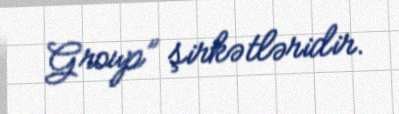
Group” şirkətləridir.